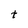
Character: t